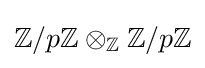
\mathbb {Z} /p\mathbb {Z} \otimes _{\mathbb {Z} }\mathbb {Z} /p\mathbb {Z}